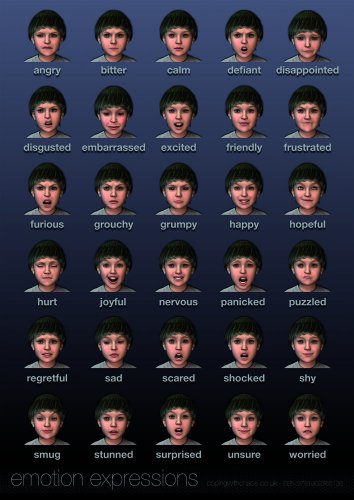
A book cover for Emotions (poster); Robert Clyde; Teen & Young Adult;